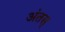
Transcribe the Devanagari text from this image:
अंतस्‌